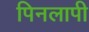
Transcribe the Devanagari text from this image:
पिनलापी